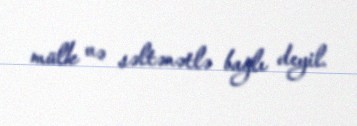
mülk və səltənətlə bağlı deyil.